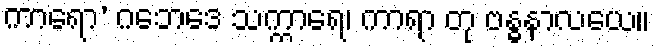
ကာရော’ ဂဘေဒေ သက္ကာရေ၊ ကာရာ တု ဗန္ဓနာလယေ။